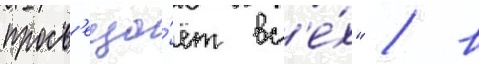
просв'еща́ет вс'е́х" / в